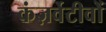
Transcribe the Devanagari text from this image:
कंज़र्वेटीवों